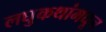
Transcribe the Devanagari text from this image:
लघुकथांमधून